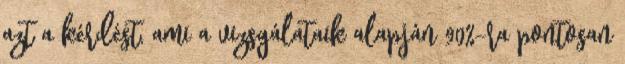
azt a kérdést, ami a vizsgálataik alapján 90%-ra pontosan